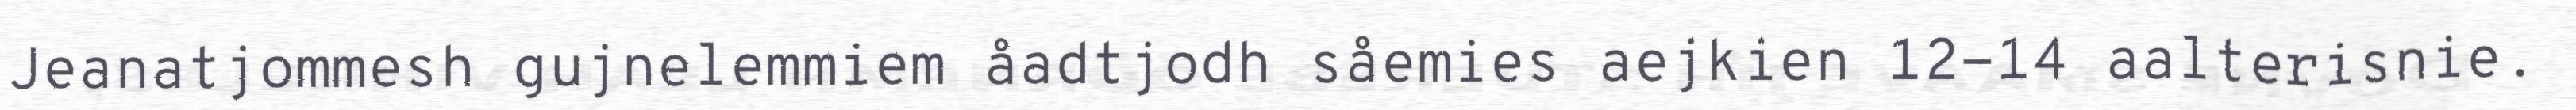
Jeanatjommesh gujnelemmiem åadtjodh såemies aejkien 12-14 aalterisnie.